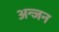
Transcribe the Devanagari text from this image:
अन्जन